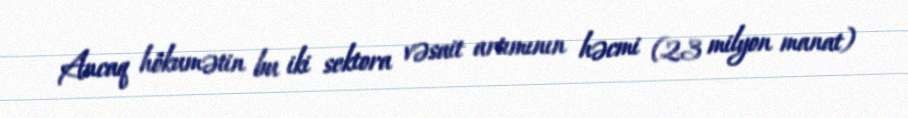
Ancaq hökumətin bu iki sektora vəsait artımının həcmi (23 milyon manat)